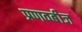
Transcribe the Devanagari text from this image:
प्रणवबीज